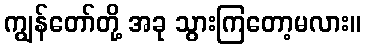
ကျွန်တော်တို့ အခု သွားကြတော့မလား။